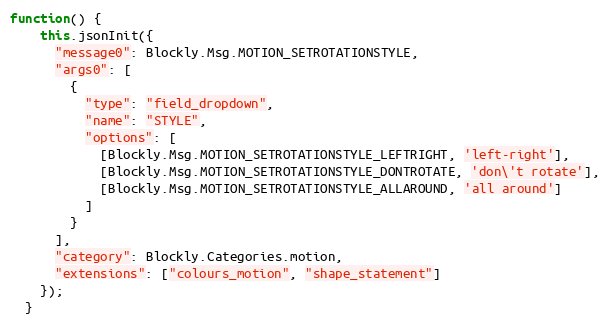
Language: JavaScript
function() {
    this.jsonInit({
      "message0": Blockly.Msg.MOTION_SETROTATIONSTYLE,
      "args0": [
        {
          "type": "field_dropdown",
          "name": "STYLE",
          "options": [
            [Blockly.Msg.MOTION_SETROTATIONSTYLE_LEFTRIGHT, 'left-right'],
            [Blockly.Msg.MOTION_SETROTATIONSTYLE_DONTROTATE, 'don\'t rotate'],
            [Blockly.Msg.MOTION_SETROTATIONSTYLE_ALLAROUND, 'all around']
          ]
        }
      ],
      "category": Blockly.Categories.motion,
      "extensions": ["colours_motion", "shape_statement"]
    });
  }